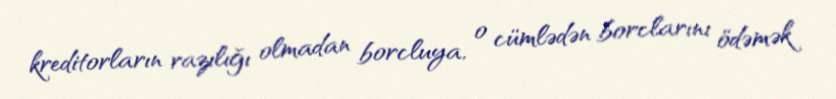
kreditorların razılığı olmadan borcluya, o cümlədən borclarını ödəmək